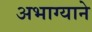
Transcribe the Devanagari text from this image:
अभाग्याने